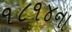
૧૮૧૪ના